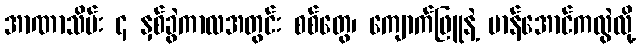
အာဏာသိမ်း ၄ နှစ်ခွဲကာလအတွင်း စစ်တွေ၊ ကျောက်ဖြူနဲ့ မာန်အောင်ကလွဲလို့